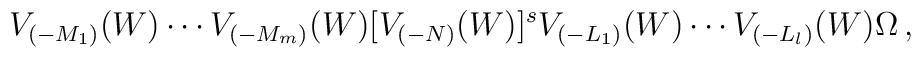
V_{(-M_1)}(W) \cdots V_{(-M_m)}(W) [V_{(-N)}(W)]^s V_{(-L_1)}(W) \cdots V_{(-L_l)}(W) \Omega \,,